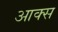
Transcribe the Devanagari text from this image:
आक्स